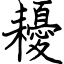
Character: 耰